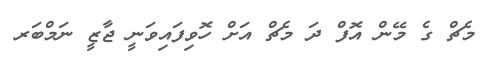
މެޗް ގެ މޭން އޮފް ދަ މެޗް އަށް ހޮވިފައިވަނީ ޖާޒީ ނަމްބަރ